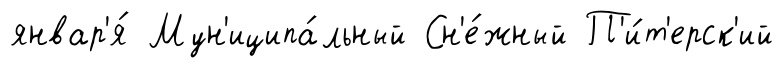
январ'я́ Мун'иципа́льный Сн'е́жный П'и́т'ерск'ий